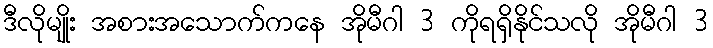
ဒီလိုမျိုး အစားအသောက်ကနေ အိုမီဂါ 3 ကိုရရှိနိုင်သလို အိုမီဂါ 3